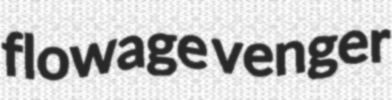
flowage venger